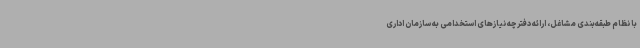
با نظام طبقه‌بندی مشاغل، ارائه دفترچه نیازهای استخدامی به سازمان اداری